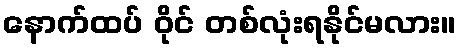
နောက်ထပ် ဝိုင် တစ်လုံးရနိုင်မလား။